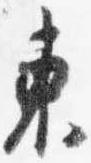
東